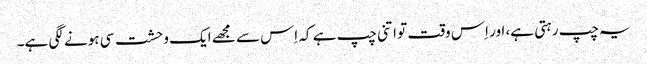
یہ چپ رہتی ہے، اور اِس وقت تو اتنی چپ ہے کہ اِس سے مجھے ایک وحشت سی ہونے لگی ہے۔